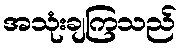
အသုံးချကြသည်